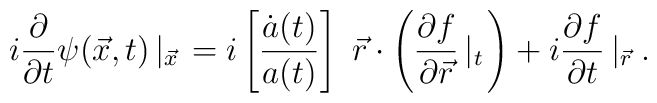
i \frac{\partial}{\partial t} \psi ( \vec x, t)  \left|_{\vec x} \right.= i \left[ \frac{\dot a (t)}{a (t)} \right] \ \vec r \cdot    \left( \frac{\partial f}{\partial \vec r} \left|_t \right. \right)+ i \frac{\partial f}{\partial t} \left|_{\vec r} \right. .